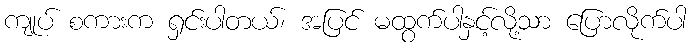
ကျုပ် စကားက ရှင်းပါတယ်၊ အပြင် မထွက်ပါနှင့်လို့သာ ပြောလိုက်ပါ